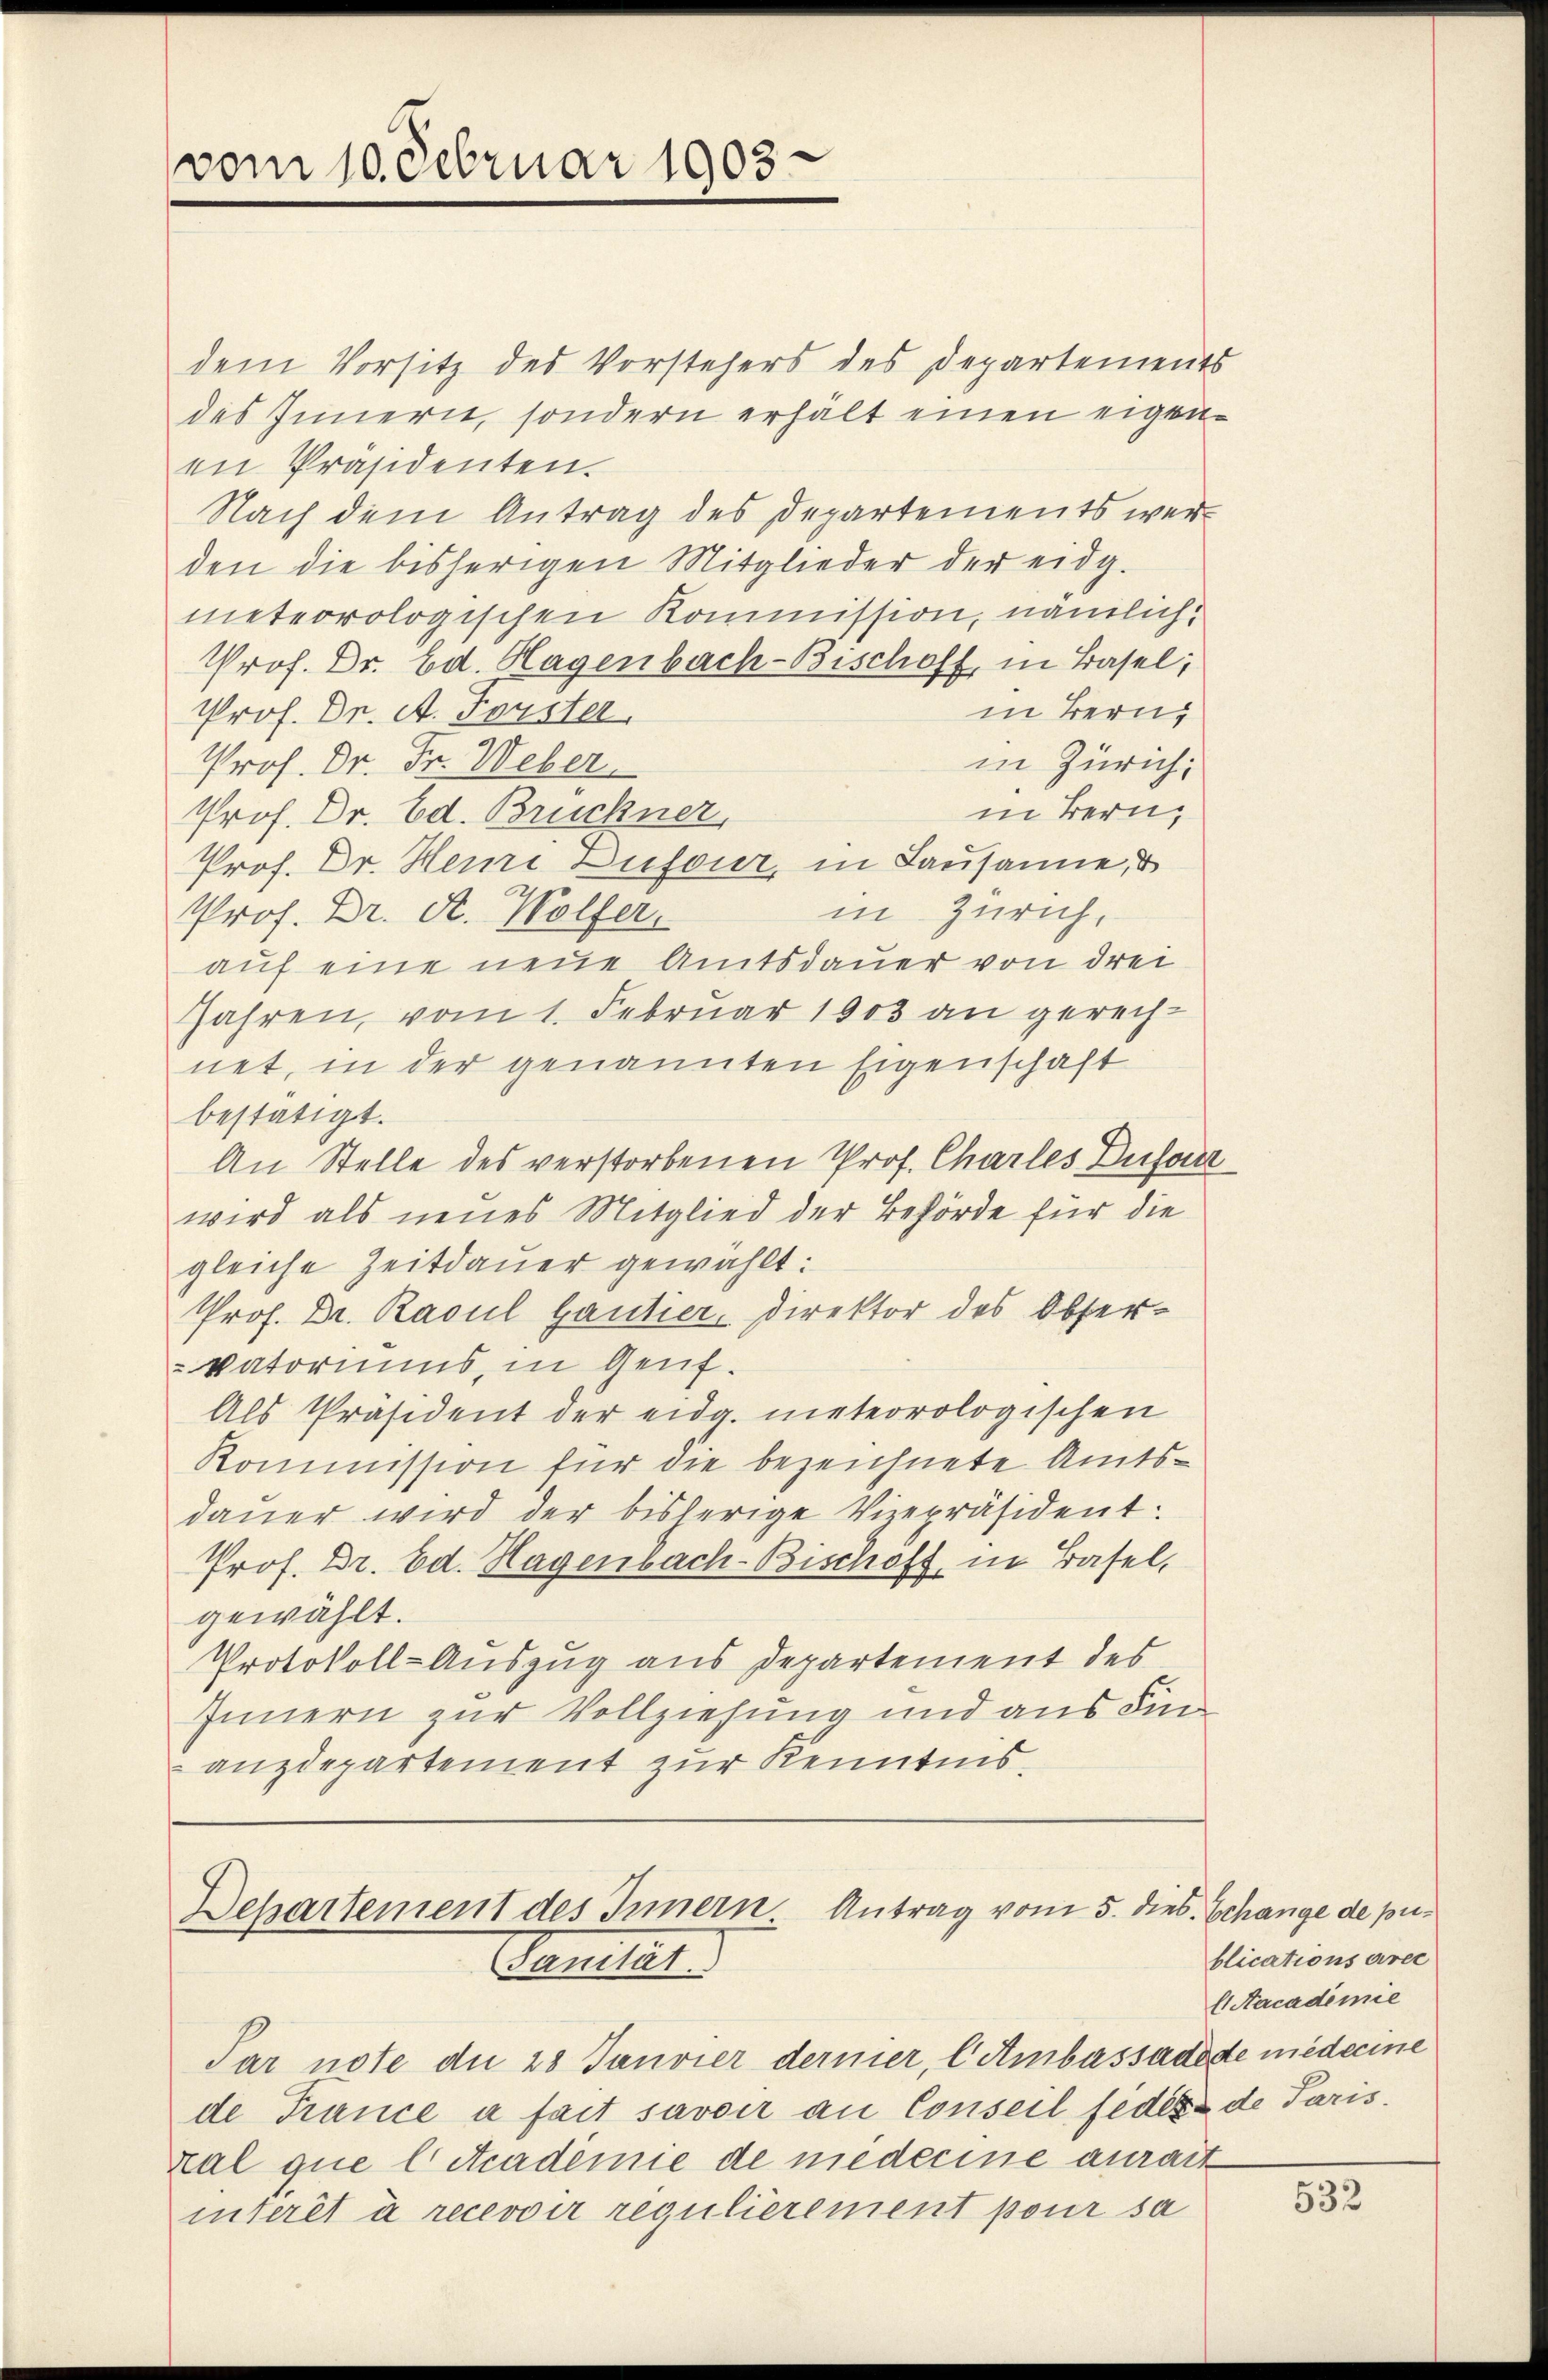
vom 10. Februar 1903.

dem Vorsitz des Vorstehers des Departements
des Innern, sondern erhält einen eigen-
en Präsidenten.
Nach dem Antrag des Departements wer
den die bisherigen Mitglieder der eidg.
meteorologischen Kommission, nämlich,
Prof. Dr. Ed. Hagenbach-Bischoff, in Basel;
in Bern,
Prof. Dr. A. Forster,
in Zürich,
Prof. Dr. Fr. Weber
in Bern,
Prof. Dr. Ed. Bruckner,
Prof. Dr. Heine Dufour, in Lausanne, d
in Zürich,
Prof. Dr. A. Wolfer.
auf eine neue Amtsdauer von drei
Jahren, vom 1. Februar 1903 an gerechnet, in der genannten Eigenschaft
bestätigt.
An Stelle des verstorbenen Prof. Charles Dufar
wird als neues Mitglied der Behörde für die
gleiche Zeitdauer gewählt:
Prof. Dr. Rasul Gautier, Direktor des Obser¬
Vatoriums, in Genf.
Als Präsident der eidg. meteorologischen
Kommission für die bezeichnete Amtsdauer wird der bisherige Vizepräsident:
Prof. Dr. Ed. Hagenbach- Bischoff, in Basel,
gewählt.
Protokoll-Auszug aus Departement des
Innern zur Vollziehung und aus Fin
anzdepartement zur Kenntnis,

Dehartement des Innern Antrag vom 5. dies. Schange de pu¬
Sanitat

blications avec
E. Nacademie

Par note du 28 Janvier dermer, l Ambassadede niederine
de France à fait savoir an Conseil feders de Paris.
kal que l. Academie de niederine aurait
interit à recevoir regulierement pour sa

532